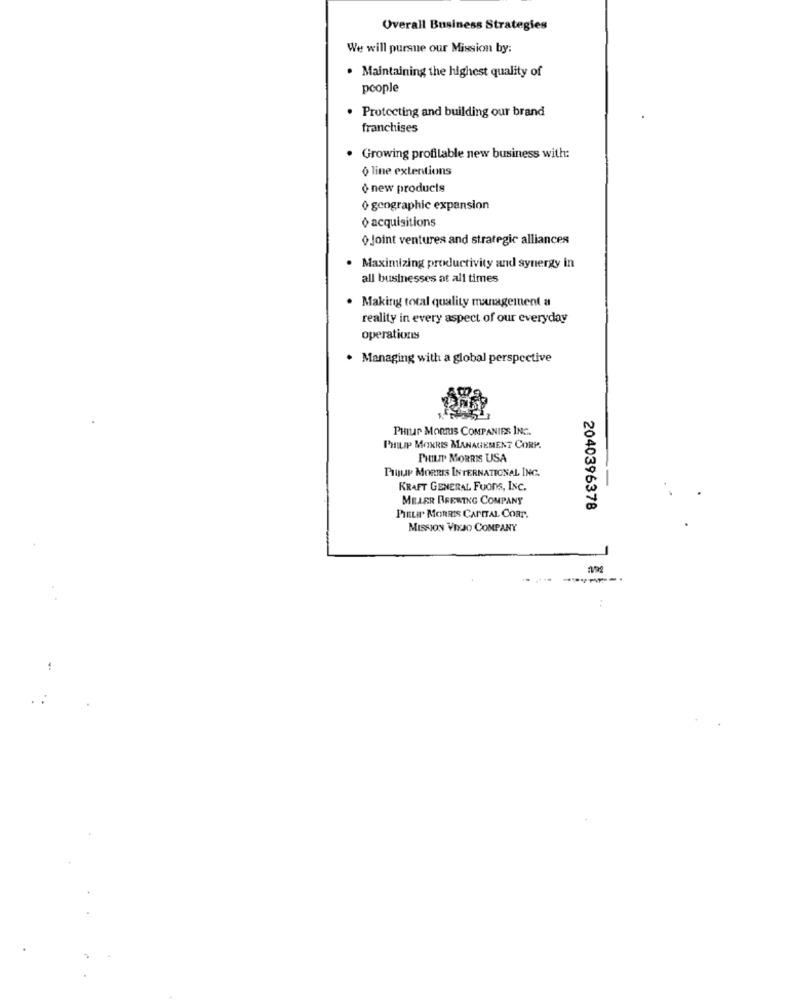
Overall Business Strategies
We will pursue our Mission by:
· Maintaining the highest quality of
people
· Protecting and building our brand
franchises
· Growing profilable new business with:
§ line extentions
+ new products
o gengraphic expansion
o acquisitions
o Joint ventures and strategic alliances
. Maximizing productivity and synergy in
all businesses at all times
. Making total quality management a
reality in every aspect of our everyday
operations
· Managing with a global perspective
PHILIP MORRIS COMPANIES INC.
PHILIP MORRIS MANAGEMENT CORP.
PHILIP MORRIS USA
PIOUJP MORRIS INTERNATIONAL INC.
KRAFT GENERAL FuOns, INC.
MELER BREWING COMPANY
2040396378
PIELAr MORRIS CAPITAL CORT.
MISSION VIEJO COMPANY
------
: